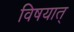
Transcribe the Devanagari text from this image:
विषयात्